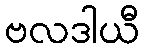
ဗလဒါယီ